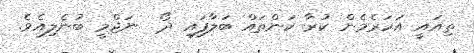
ތިއައީ އަހަރެމެން ކުރާ ކަންތައް ބަލާފައި ދޯ  ނަޖްމީ ބުނެލިއެވެ.